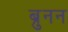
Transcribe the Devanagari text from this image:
ब्रुनन